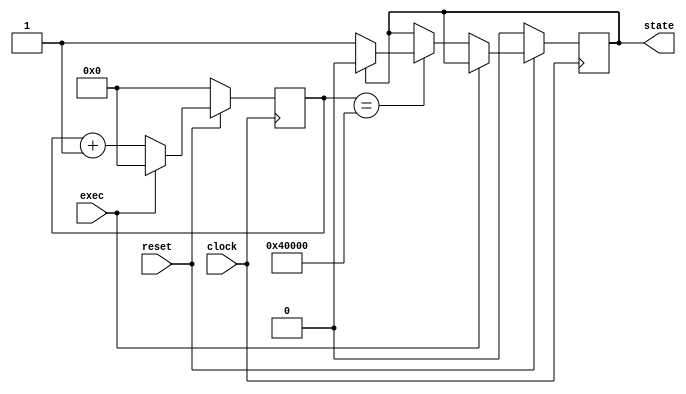
module chattering(
  input clock,
  input reset,
  input exec,
  output reg state);

  reg [31:0] time_counter = 32'b0000_0000_0000_0000_0000_0000_0000_0000;

  always @(posedge clock) begin
    if(reset == 1'b0) begin
      time_counter <= 32'b0000_0000_0000_0000_0000_0000_0000_0000;
      state <= 1'b0;
    end
    else if(exec == 1'b0) begin
      time_counter <= time_counter + 1;
      if(time_counter == 32'b0000_0000_0000_0100_0000_0000_0000_0000) begin
        if(state == 1'b0) begin
          state <= 1'b1;
        end 
        else if(state == 1'b1) begin
          state <= 1'b0;
        end
      end
    end
    else begin
      time_counter <= 32'b0000_0000_0000_0000_0000_0000_0000_0000;
      state <= state;
    end
  end
endmodule